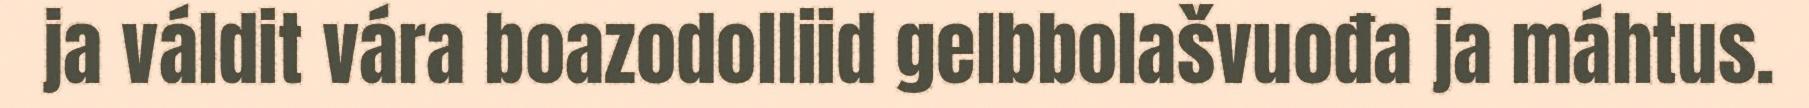
ja váldit vára boazodolliid gelbbolašvuođa ja máhtus.